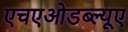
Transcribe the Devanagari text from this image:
एचएओडब्ल्यूए